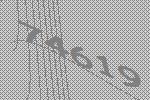
74619